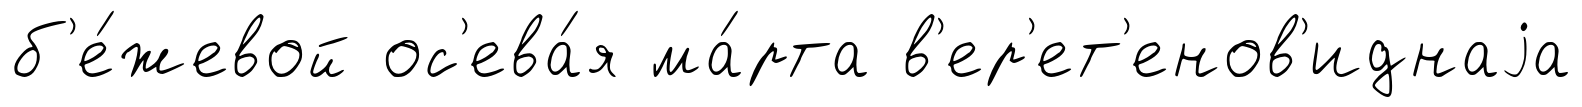
б'е́жевой ос'ева́я ма́рта в'ер'ет'енов'иднаjа